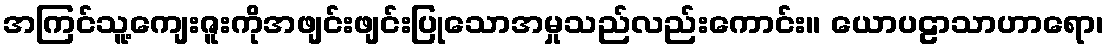
အကြင်သူ့ကျေးဇူးကိုအဖျင်းဖျင်းပြုသောအမှုသည်လည်းကောင်း။ ယောပဠာသာဟာရော၊